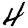
Digit: 4